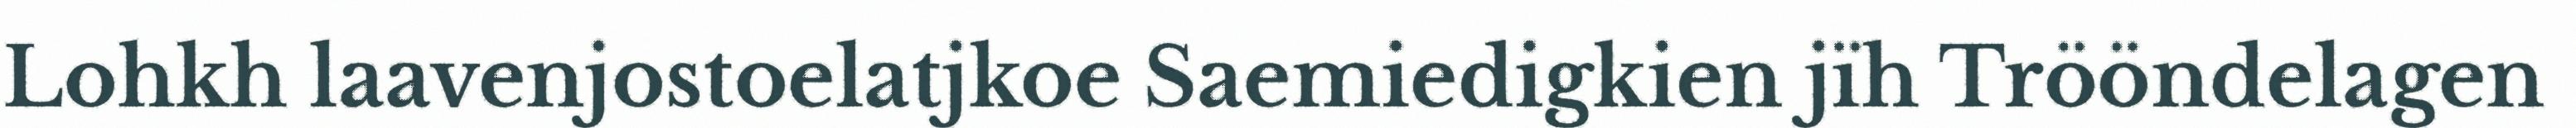
Lohkh laavenjostoelatjkoe Saemiedigkien jïh Trööndelagen